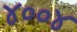
૪૦૦૪